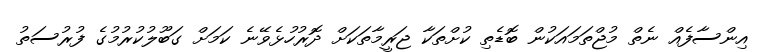
އިންސާފެއް ނެތް މުޖްތަމައަކުން ބޮޑެތި ކުށްތަކާ ޖަރީމާތަކަށް ދޮރުހުޅެވޭނެ ކަމަށް ގަބޫލުކުރުމުގެ ފުރުސަތު